Leningradi_Edasi_toimetus, lk 183
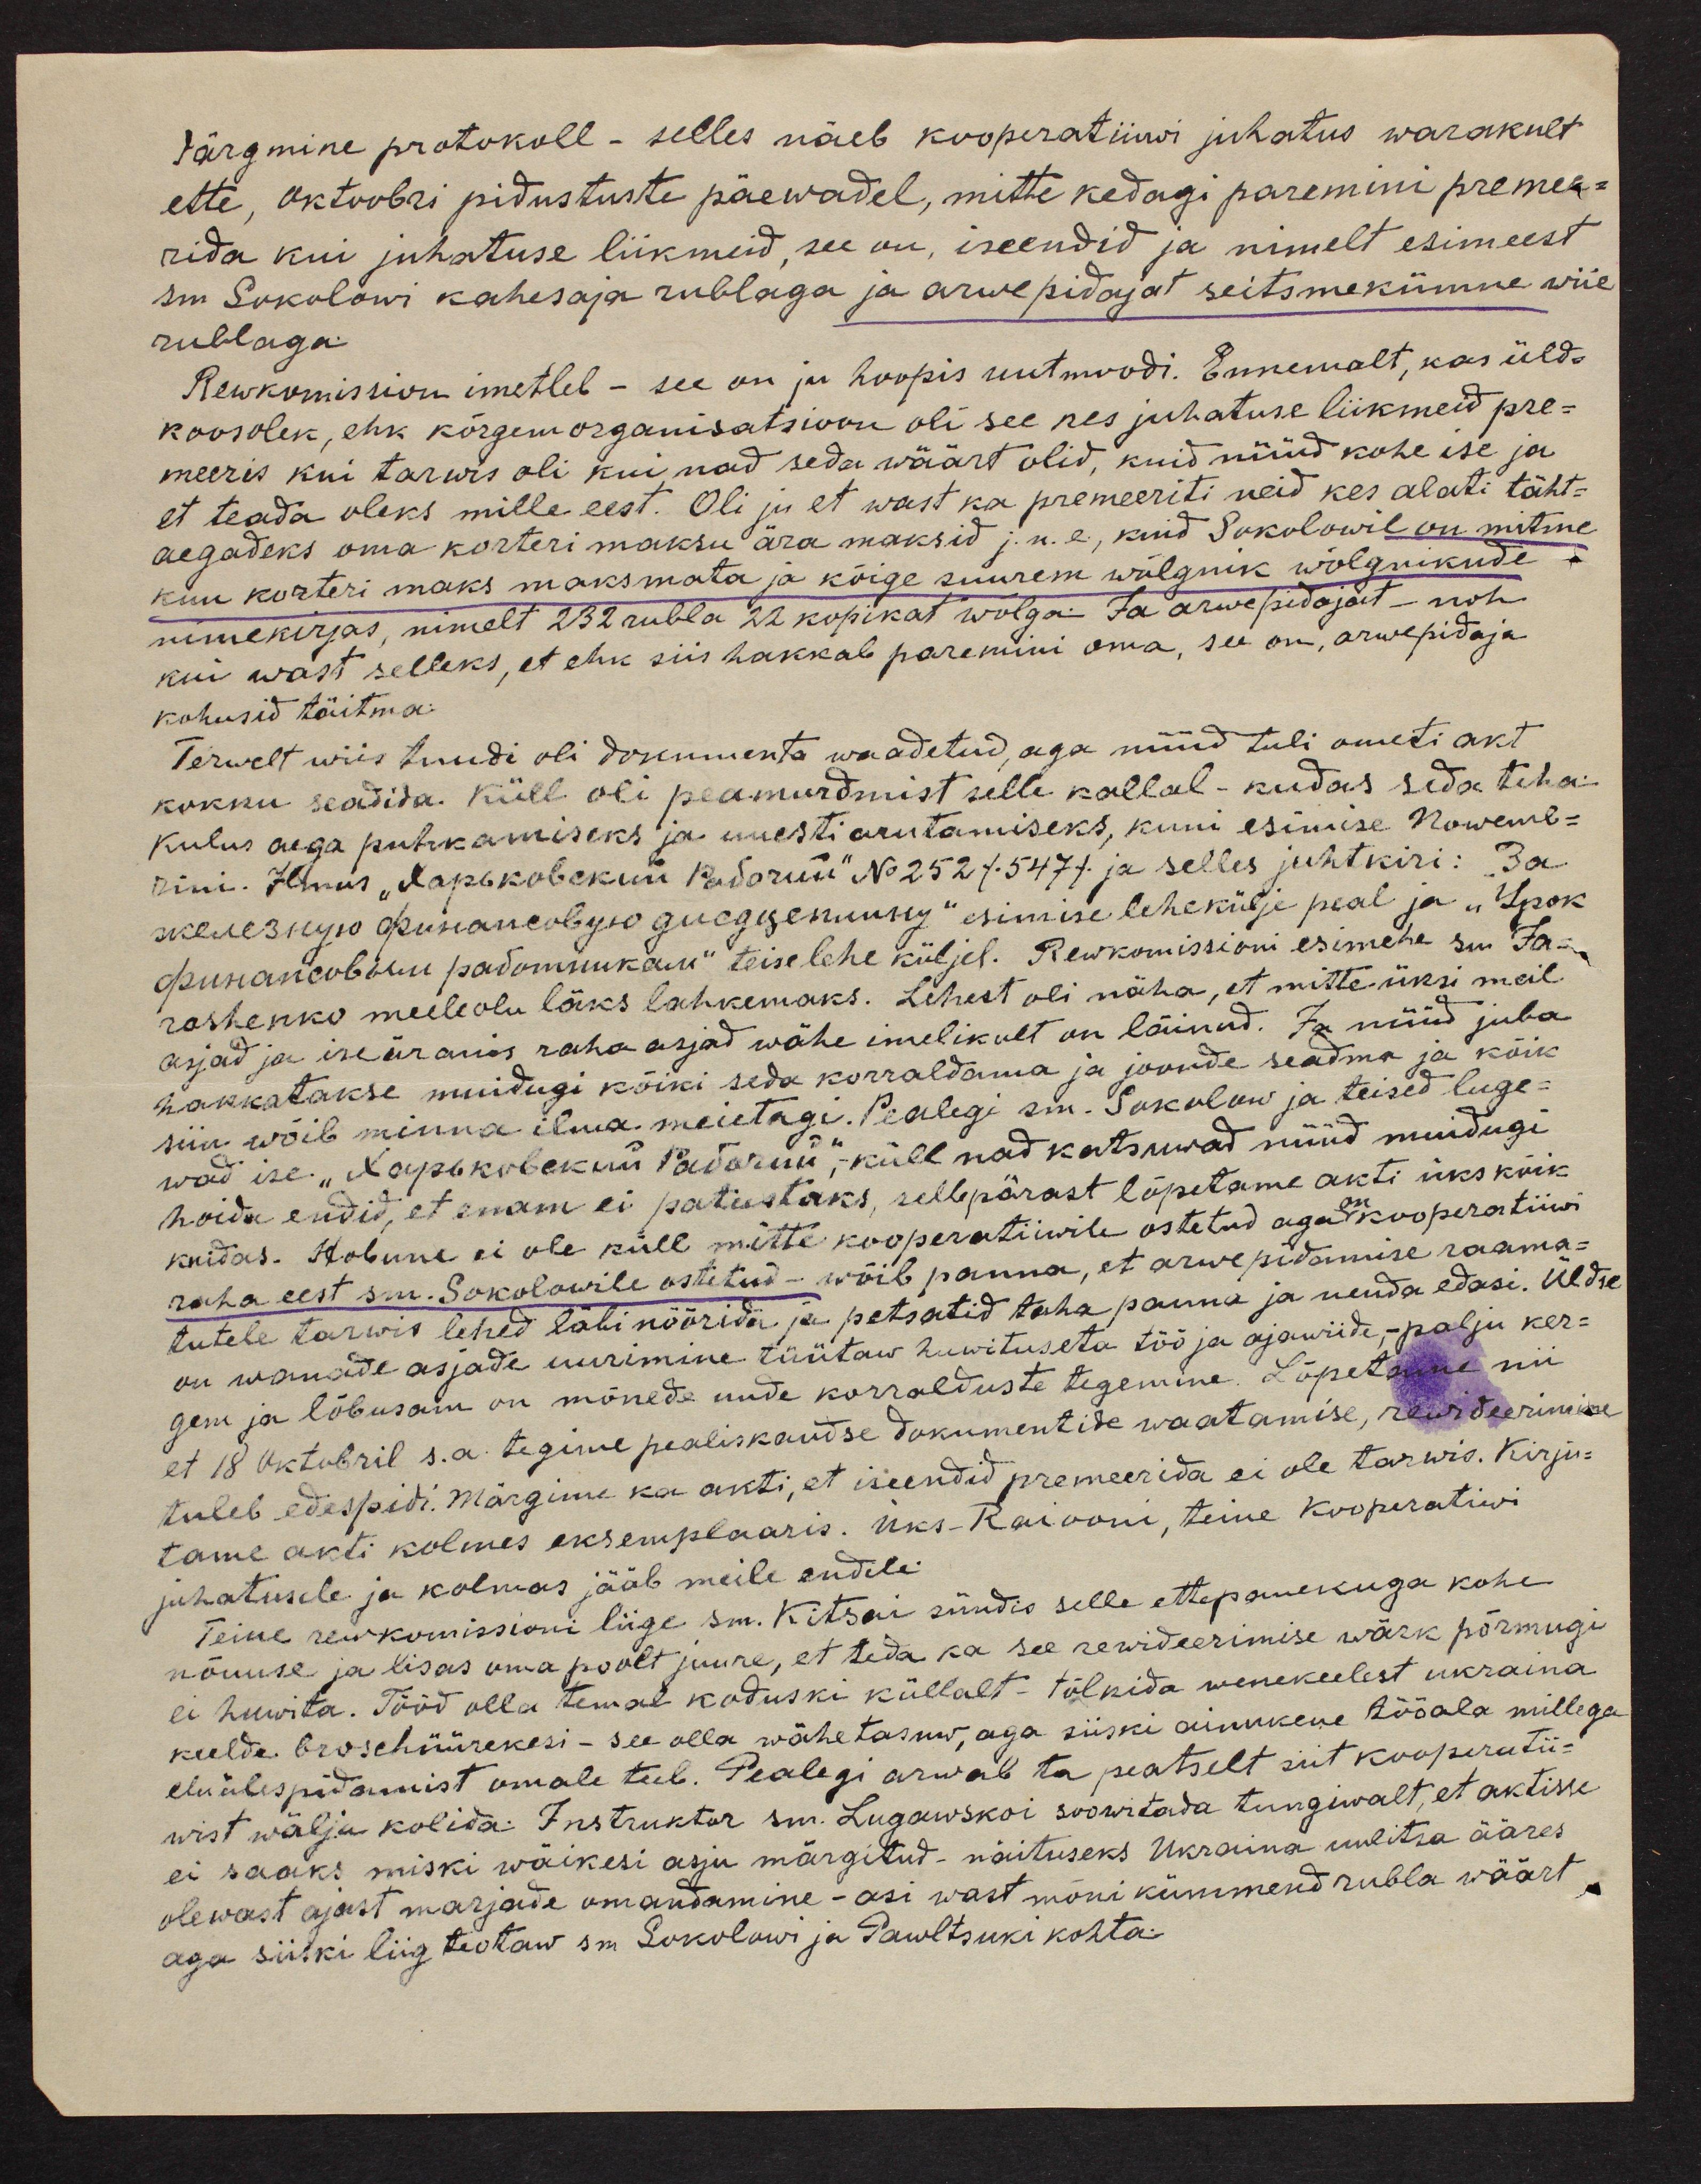
Järgmine protokoll - selles näeb kooperatiiwi juhatus warakult
ette, oktoobri pidustuste päewadel, mitte kedagi paremini premee-
rida kui juhatuse liikmeid, see on, iseendid ja nimelt esimeest
sm Sokolowi kahesaja rublaga ja arwe pidajat seitsmekümne wiie
rublaga.
Rewkomission imetleb - see on ju hoopis uutmoodi. Ennemalt, kas üld-
koosolek, ehk kõrgemorganisatsioon oli see juhatuse liikmeid pre-
meeris kui tarwis oli kui, nad seda wäärt olid, kuid nüüd kohe ise ja
et teada oleks mille eest. Oli ju et wast ka premeeriti neid kes alati täht-
aegadeks oma korteri maksu ära maksid j.n.e, kuid Sokolowil on mitme
kuu korteri maks maksmata ja kõige suurem wõlgnik wõlguikude
nimekirjas, nimelt 232 rubla 22 kopikat wõlga. Ja arwepidajat - noh-
kui wast selleks, et ehk siis hakkab paremini oma, see on, arwepidaja
kohusid täitma.
Terwelt wiis tundi oli dokumente waadetud, aga nüüd tuli ameti akt
kokku seadida. Küll oli peamurdmist selle kallal-kudas seda teha
kulus aega puhkamiseks ja uuesti arutamiseks, kuni esimise Nowemb-
rini. Ilmus "Харековский Падоли" No: 252/ 547/ ja selles juhtkiri: Ja
akenes kujo püsianeolgus güggusemuse," esimise lehekülje peal ja "Инокъ
punanembru padomunekau" teise lehe küljel. Rewkomissioni esimehe suu Ja-
rashenko meeleolu läks lahkemaks. Lehest oli näha, et mitte üksi meil
asjad ja iseäranis raha asjad wähe imelikult on läinud. Ja nüüd juba
hakkatakse muidugi kõiki seda korraldama ja joonde seadma ja kõik
siin wõib minna ilma meietagi. Pealegi sm. Sokolow ja teised luge-
wad ise: "Lõppekolekiri Päedaru,"-küll nad katsuwad nüüd muidugi
hoida endid, et enam ei patustaks, sellepärast lõpetame akti üks kõik
kuidas. Hobune ei ole küll mitte koosperatiivile ostetud aga on kooperatiivi
raha eest sm. Sokolowile ostetud - wõib panna, et arwe pidamise raama-
tutele tarwis lehed läbi nõõrida ja pitsatid taha panna ja nenda edasi. Üldise
on wanade asjade uurimine tüütaw huwituseta töö ja ajawiide,- palju ker-
gem ja lõbusam on mõnede uude korralduste tegemine. Lõpetame nii
et 18 Oktobril s.a. tegime pealiskaudse dokumentide waatamise, rewideerimine
tuleb edaspidi. Märgime ka akti, et iseendid premeerida ei ole tarwis. Kirju-
tame akti kolmes eksemplaaris. Üks-Raiooni, teine kooperatiivi
juhatusele ja kolmas jääb meile endile
Teine rewikomissioni liige sm. Kitsai sündis selle ettepanekuga kohe
nõuuse ja lisas oma poolt juure, et teda ka see rewideerimise wärk põrmugi
ei huwita. Tööd olla temal koduski küllalt - tõlkida wenekeelest ükraina
keelde broschüürekesi- see olla wähetasuw, aga siiski ainukene tööala millega
elu ülespidamist omale teeb. Pealegi arwab ta peatselt siit koosperati-
wist wälja kolida. Instruktor sm. Lugawskoi soowitada tungiwalt, et aktisse
ei saaks miski wäikesi asju märgitud- näituseks Ükraina uulitsa ääres
olewast ajast marjade omandamine - asi wast mõni kümmend rubla wäärt
aga siiski liig teotaw sm Sokolowi ja Pawltsuki kohta